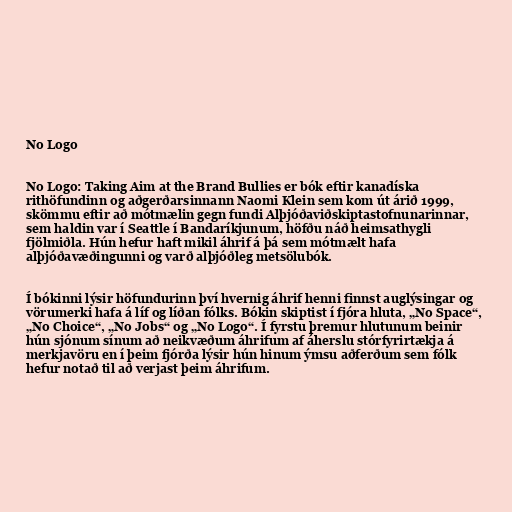
No Logo

No Logo: Taking Aim at the Brand Bullies er bók eftir kanadíska
rithöfundinn og aðgerðarsinnann Naomi Klein sem kom út árið 1999,
skömmu eftir að mótmælin gegn fundi Alþjóðaviðskiptastofnunarinnar,
sem haldin var í Seattle í Bandaríkjunum, höfðu náð heimsathygli
fjölmiðla. Hún hefur haft mikil áhrif á þá sem mótmælt hafa
alþjóðavæðingunni og varð alþjóðleg metsölubók.

Í bókinni lýsir höfundurinn því hvernig áhrif henni finnst auglýsingar og
vörumerki hafa á líf og líðan fólks. Bókin skiptist í fjóra hluta, „No Space“,
„No Choice“, „No Jobs“ og „No Logo“. Í fyrstu þremur hlutunum beinir
hún sjónum sínum að neikvæðum áhrifum af áherslu stórfyrirtækja á
merkjavöru en í þeim fjórða lýsir hún hinum ýmsu aðferðum sem fólk
hefur notað til að verjast þeim áhrifum.